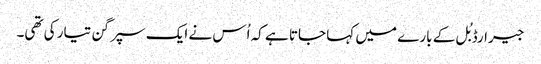
جیرارڈ بُل کے بارے میں کہا جاتا ہے کہ اُس نے ایک سپر گن تیار کی تھی۔